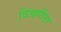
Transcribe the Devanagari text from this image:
विश्वगीता